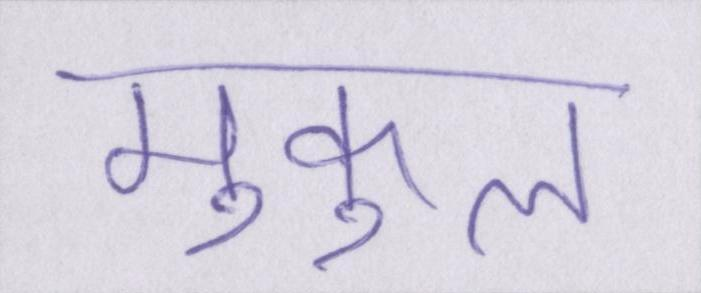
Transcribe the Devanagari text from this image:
मुकुल